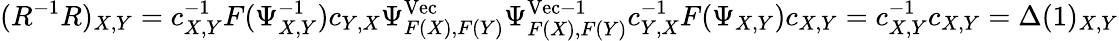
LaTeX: (R^{-1}R)_{X,Y}=c_{X,Y}^{-1}F(\Psi_{X,Y}^{-1})c_{Y,X}\Psi_{F(X),F(Y)}^{\mathrm{Vec}}\Psi_{F(X),F(Y)}^{\mathrm{Vec}-1}c_{Y,X}^{-1}F(\Psi_{X,Y})c_{X,Y}=c_{X,Y}^{-1}c_{X,Y}=\Delta(1)_{X,Y}